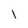
Character: l